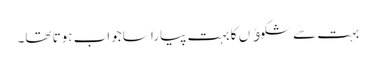
بہت سے شکوﺅں کا بہت پیارا سا جواب ہوتا تھا۔